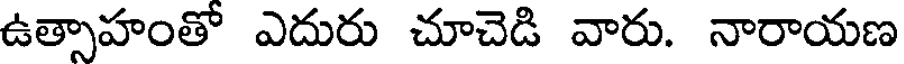
ఉత్సాహంతో ఎదురు చూచెడి వారు. నారాయణ